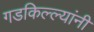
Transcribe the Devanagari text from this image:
गडकिल्ल्यांनी